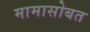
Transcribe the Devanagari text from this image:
मामासोबत